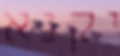
יקנא